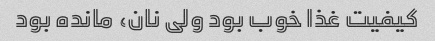
کیفیت غذا خوب بود ولی نان، مانده بود